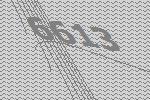
6613